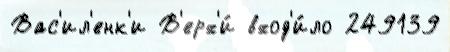
Вас'ил'енк'и В'ерх'и́ вход'и́ло 249139